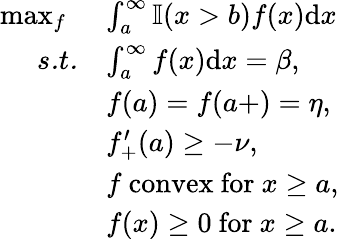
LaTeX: \begin{array}{rl}{\operatorname*{max}_{f}\ }&{\int_{a}^{\infty}\mathbb{I}(x>b)f(x)\mathrm{d}x}\\ {\textit{s.t.}}&{\int_{a}^{\infty}f(x)\mathrm{d}x=\beta,}\\ &{f(a)=f(a+)=\eta,}\\ &{f_{+}^{\prime}(a)\ge-\nu,}\\ &{f\mathrm{\ convex\ for\ }x\ge a,}\\ &{f(x)\ge 0\mathrm{\ for\ }x\ge a.}\end{array}